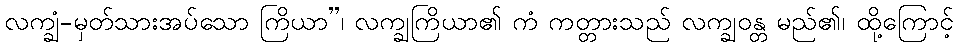
လက္ချံ-မှတ်သားအပ်သော ကြိယာ”၊ လက္ချကြိယာ၏ ကံ ကတ္တားသည် လက္ချဝန္တ မည်၏၊ ထို့ကြောင့်